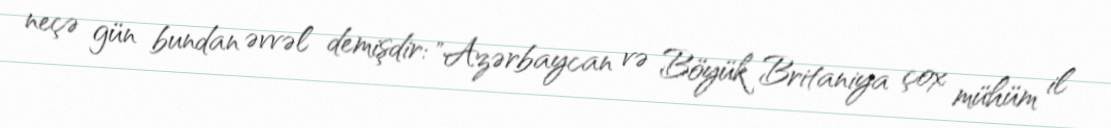
neçə gün bundan əvvəl demişdir: "Azərbaycan və Böyük Britaniya çox mühüm il